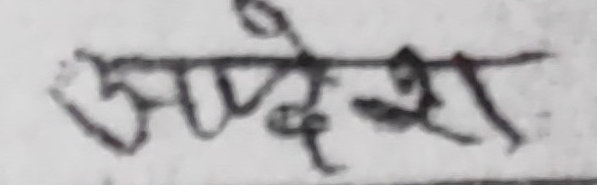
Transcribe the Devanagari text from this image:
सुप्रीम